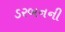
ડરબનની